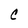
Character: C